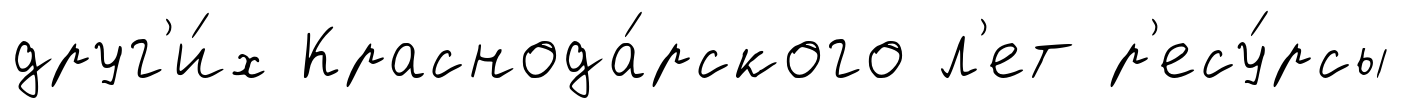
друг'и́х Краснода́рского л'ет р'есу́рсы